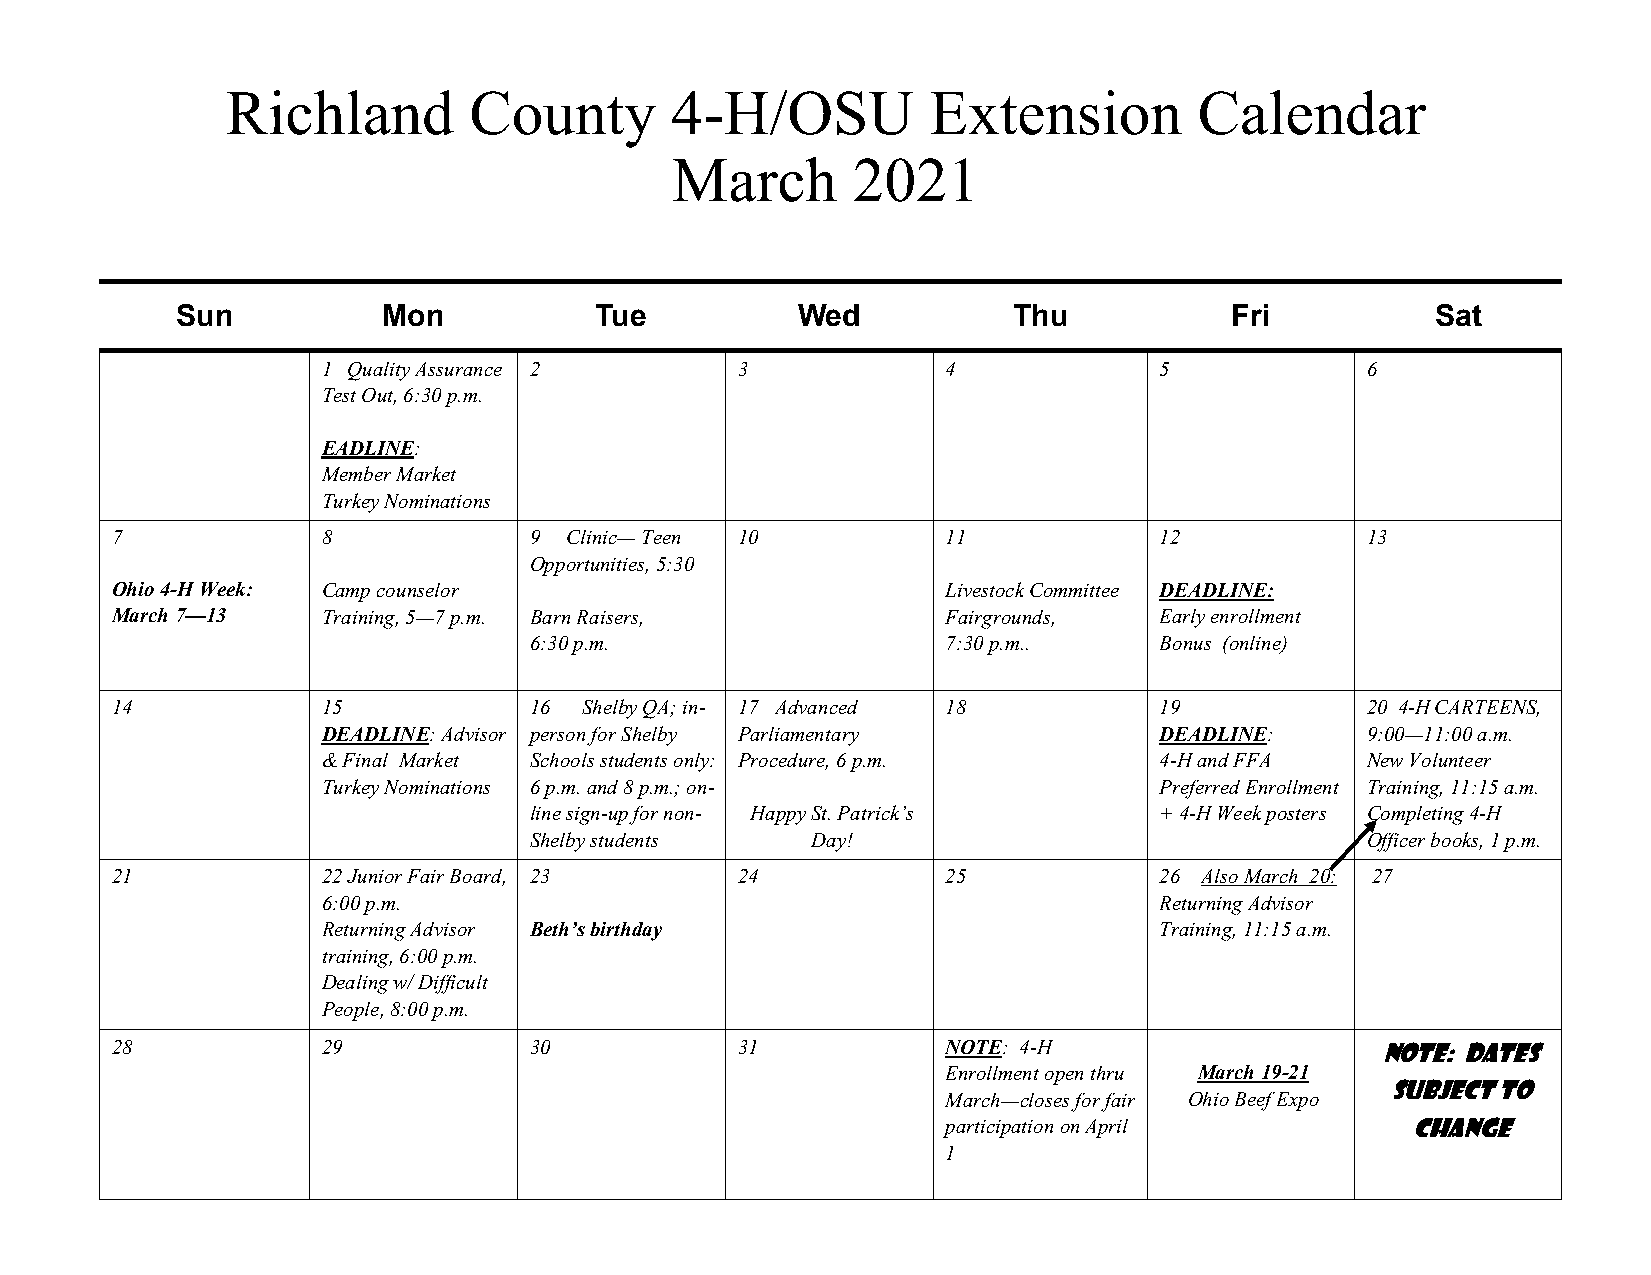
Richland        County       4-H/OSU          Extension         Calendar
 March       2021
 Sun          Mon           Tue           Wed           Thu           Fri           Sat
 1 Quality Assurance 2       3             4             5            6
 Test Out, 6:30 p.m.
 EADLINE:
 Member Market
 Turkey Nominations
 7             8             9 Clinic— Teen 10           11            12           13
 Opportunities, 5:30
 Ohio 4-H Week: Camp counselor                           Livestock Committee DEADLINE:
 March 7—13    Training, 5—7 p.m. Barn Raisers,          Fairgrounds,  Early enrollment
 6:30 p.m.                   7:30 p.m..    Bonus (online)
 14            15            16 Shelby QA; in- 17 Advanced 18          19           20 4-H CARTEENS,
 DEADLINE: Advisor person for Shelby Parliamentary       DEADLINE:    9:00—11:00 a.m.
 & Final Market Schools students only: Procedure, 6 p.m. 4-H and FFA  New Volunteer
 Turkey Nominations 6 p.m. and 8 p.m.; on-               Preferred Enrollment Training, 11:15 a.m.
 line sign-up for non- Happy St. Patrick’s + 4-H Week posters Completing 4-H
 Shelby students    Day!                                Officer books, 1 p.m.
 21            22 Junior Fair Board, 23    24            25            26 Also March 20: 27
 6:00 p.m.                                               Returning Advisor
 Returning Advisor Beth’s birthday                       Training, 11:15 a.m.
 training, 6:00 p.m.
 Dealing w/ Difficult
 People, 8:00 p.m.
 28            29            30            31            NOTE: 4-H                   Note: Dates
 Enrollment open thru March 19-21
 subject to
 March—closes for fair Ohio Beef Expo
 participation on April        change
 1